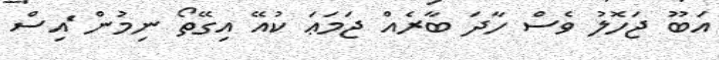
އަބޫ ޖަހޮލު ވެސް ހާދަ ބާރެއް ޖަމަޢަ ކުއޭ އިގޭތޯ ނިމުން ެައިސް